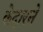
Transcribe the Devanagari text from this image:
केदारने